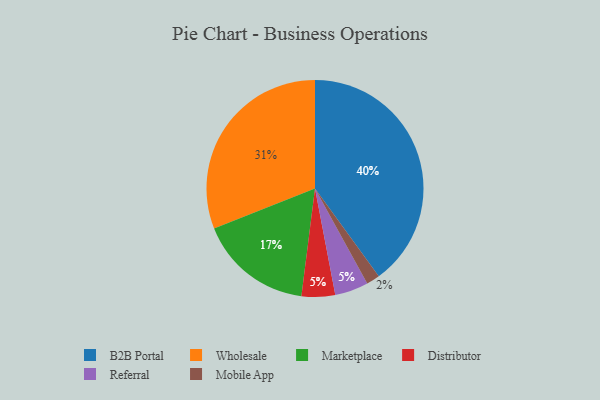
{"axis": {"x": "Category", "y": "Percentage"}, "legend": ["B2B Portal", "Distributor", "Marketplace", "Mobile App", "Referral", "Wholesale"], "data": [{"x": "Distributor", "y": 5, "type": "Distributor"}, {"x": "Mobile App", "y": 2, "type": "Mobile App"}, {"x": "B2B Portal", "y": 40, "type": "B2B Portal"}, {"x": "Wholesale", "y": 31, "type": "Wholesale"}, {"x": "Marketplace", "y": 17, "type": "Marketplace"}, {"x": "Referral", "y": 5, "type": "Referral"}]}